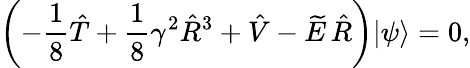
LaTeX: \left(-\frac{1}{8}\hat{{T}}+\frac{1}{8}\gamma^{2}{\hat{R}}^{3}+\hat{V}-{\widetilde E}\, \hat{R}\right)|\psi\rangle=0,